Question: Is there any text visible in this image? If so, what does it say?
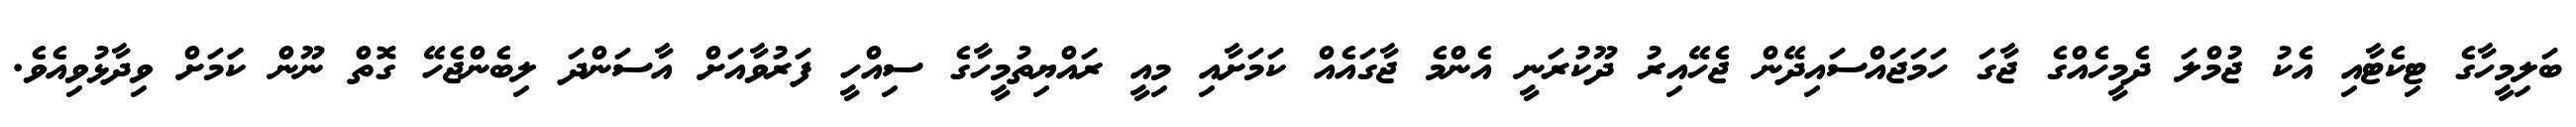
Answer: ބަލިމީހާގެ ޓިކެޓާއި އެކު ޖުމްލަ ދެމީހެއްގެ ޖާގަ ހަމަޖައްސައިދޭން ޖެހޭއިރު ދޫކުރަނީ އެންމެ ޖާގައެއް ކަމަށާއި މިއީ ރައްޔިތުމީހާގެ ސިއްހީ ފަރުވާއަށް އާސަންދަ ލިބެންޖެހޭ ގޮތް ނޫން ކަަމަށް ވިދާޅުވިއެވެ.